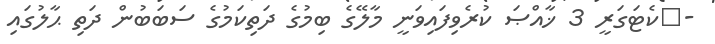
-	ކެޓަގަރީ 3 ޚާއްޞަ ކުރެވިފައިވަނީ މާލޭގެ ބިމުގެ ދަތިކަމުގެ ސަބަބުން ދަތި ޙާލުގައި